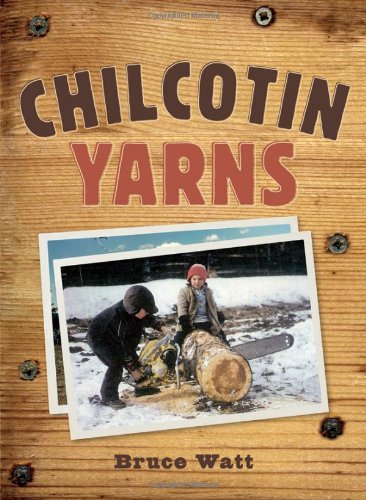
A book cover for Chilcotin Yarns; Bruce Watt; Sports & Outdoors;